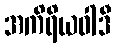
အကိရိယဝါဒီ